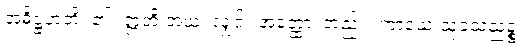
အဓိဋ္ဌဟတိ၊ ၏။ ဣတိ အယံ၊ လျှင်။ အတ္ထော၊ တည်း။ ကာယေ သုခသညဉ္စ